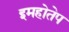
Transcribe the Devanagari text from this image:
इमहोतेप